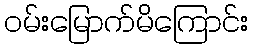
ဝမ်းမြောက်မိကြောင်း